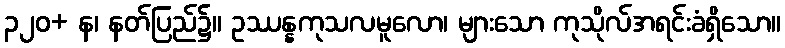
၃၂၀+ န၊ နတ်ပြည်၌။ ဥဿန္နကုသလမူလော၊ များသော ကုသိုလ်အရင်းခံရှိသော။